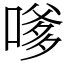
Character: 嗲